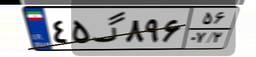
۸۲گ۶۵۳۸۲